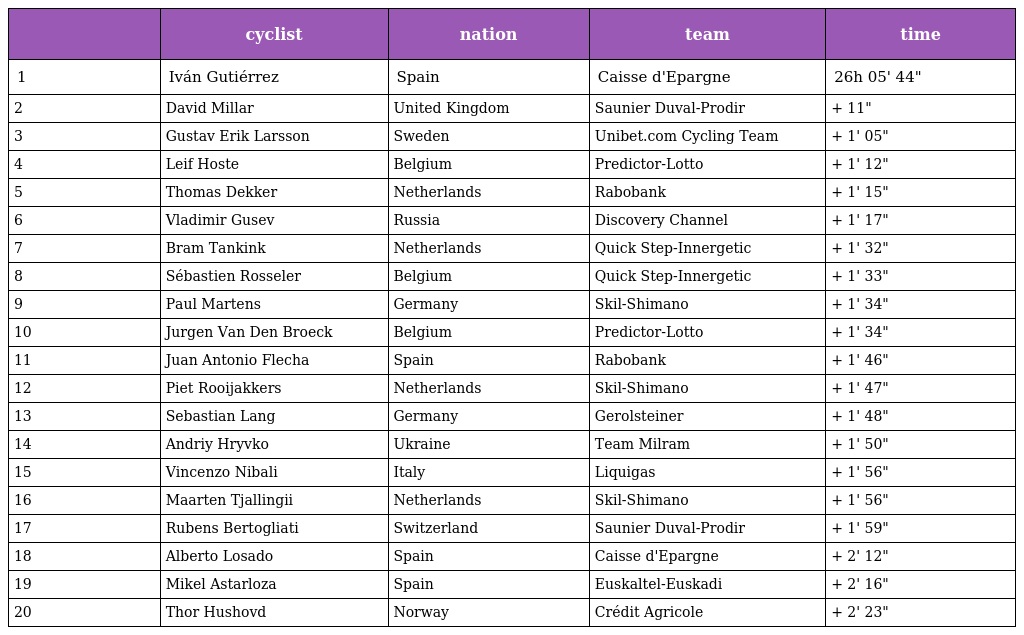
|  | cyclist | nation | team | time |
 | --- | --- | --- | --- | --- |
 | 1 | Iván Gutiérrez | Spain | Caisse d'Epargne | 26h 05' 44" |
 | 2 | David Millar | United Kingdom | Saunier Duval-Prodir | + 11" |
 | 3 | Gustav Erik Larsson | Sweden | Unibet.com Cycling Team | + 1' 05" |
 | 4 | Leif Hoste | Belgium | Predictor-Lotto | + 1' 12" |
 | 5 | Thomas Dekker | Netherlands | Rabobank | + 1' 15" |
 | 6 | Vladimir Gusev | Russia | Discovery Channel | + 1' 17" |
 | 7 | Bram Tankink | Netherlands | Quick Step-Innergetic | + 1' 32" |
 | 8 | Sébastien Rosseler | Belgium | Quick Step-Innergetic | + 1' 33" |
 | 9 | Paul Martens | Germany | Skil-Shimano | + 1' 34" |
 | 10 | Jurgen Van Den Broeck | Belgium | Predictor-Lotto | + 1' 34" |
 | 11 | Juan Antonio Flecha | Spain | Rabobank | + 1' 46" |
 | 12 | Piet Rooijakkers | Netherlands | Skil-Shimano | + 1' 47" |
 | 13 | Sebastian Lang | Germany | Gerolsteiner | + 1' 48" |
 | 14 | Andriy Hryvko | Ukraine | Team Milram | + 1' 50" |
 | 15 | Vincenzo Nibali | Italy | Liquigas | + 1' 56" |
 | 16 | Maarten Tjallingii | Netherlands | Skil-Shimano | + 1' 56" |
 | 17 | Rubens Bertogliati | Switzerland | Saunier Duval-Prodir | + 1' 59" |
 | 18 | Alberto Losado | Spain | Caisse d'Epargne | + 2' 12" |
 | 19 | Mikel Astarloza | Spain | Euskaltel-Euskadi | + 2' 16" |
 | 20 | Thor Hushovd | Norway | Crédit Agricole | + 2' 23" |